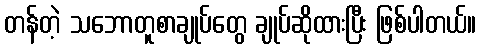
တန်တဲ့ သဘောတူစာချုပ်တွေ ချုပ်ဆိုထားပြီး ဖြစ်ပါတယ်။